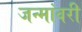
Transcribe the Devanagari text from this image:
जन्मांवरी